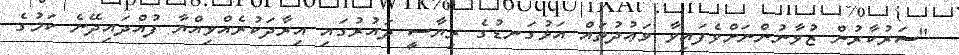
"ސަރުކާރުން ޒުވާނުންނަށްވެފައިވާ ވަޢުދުތައް އަޅުގަނޑުގެ ރިޔާސީ ދައުރުގައި އިރާދަކުރެއްވިއްޔާ ފުއްދައިދޭނެ ކަމުގެ